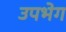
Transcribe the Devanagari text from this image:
उपभेग